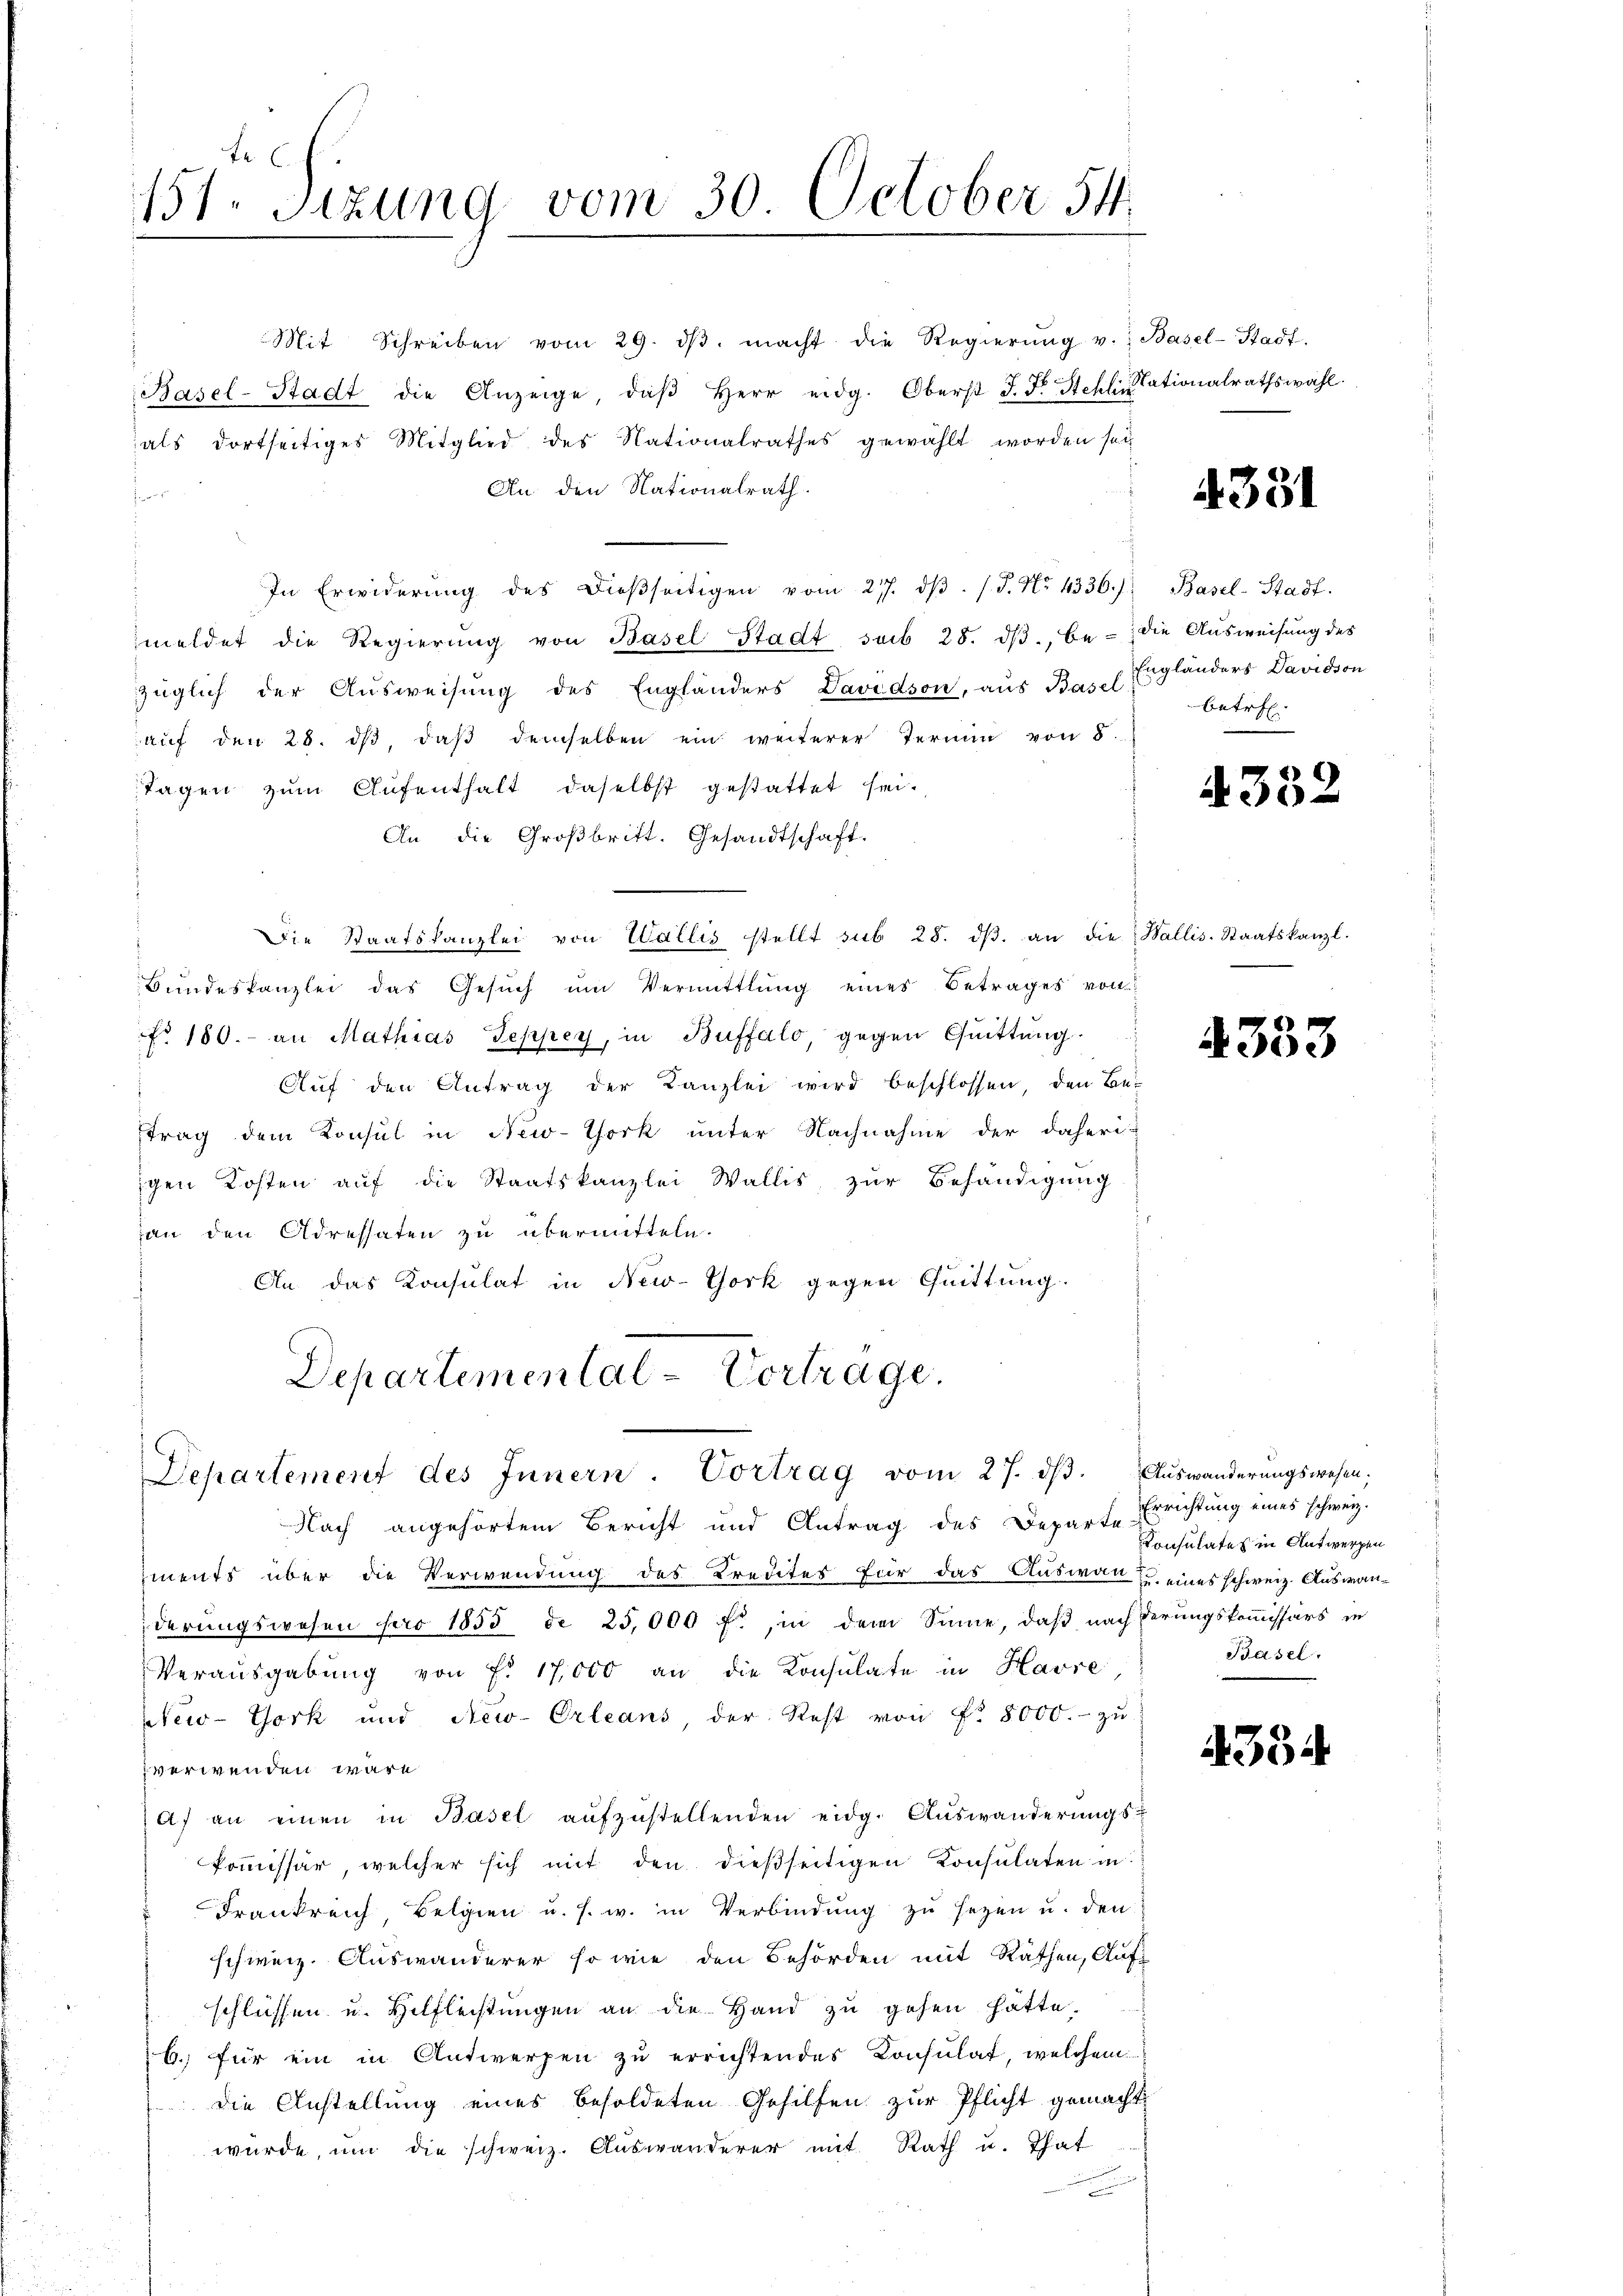
151. Sitzung vom 30. October 54

Mit Schreiben vom 29. dβ. macht die Regierŭng v. Basel-Stadt-
Basel-Stadt die Anzeige, daβ Herr eidg. Oberst J. F. Stehlinationalrathswahl.
als dortseitiges Mitglied des Nationalrathes gewählt worden sei
An den Nationalrath
vor
In Erwiderŭng des dieβseitigen vom 27. dβ. /. J. No. 4336.) Basel-Stadt.
meldet die Regierŭng von Basel-Stadt sub 28. dβ., be- die Ausweisung des
züglich der Ausweisung des Engländers Davidson, aus Basel Engländers Davidson
aŭf den 28. dβ, daβ demselben ein weiterer Termin von 5.
Tagen zum Aufenthalt daselbst gestattet sei.
An die Großbritt. Gesandtschaft
Die Staatskanzlei von Wallis stellt sub 28. dβ. an die Wallis-Staatskanzl.
Bŭndeskanzlei das Gesŭch ŭm Vermittlung eines Betrages von
o 180. an Mathias Seppey, in Buffalo, gegen Quittung.
Aŭf den Antrag der Kanzlei wird beschlossen, den Be-
trag dem Konsul in New-York unter Nachnahme der daheri-
igen Kosten auf die Staatskanzlei Wallis zur Behändigung
an den Adressaten zu übermitteln.
An das Konsulat in New-York gegen Quittung.
Departemental-Vortrage

Departement des Innern Vortrag vom 27. dβ. Auswanderungswesen;

Nach angehörtem Bericht und Antrag des Departe
ments über die Verwendung des Kredites für das Auswan fr. eines schweiz. Auswanderungswesen pro 1853 de 25,000 f., in dem Sinne, daß nachderungskommissärs in
Verausgabung von F. 17,000 an die Konsulate in Havre
New-York und New-Orleans, der Rest von Fr. 8000.- zu
verwenden wäre.
A) an einen in Basel aŭfzŭstellenden eidg. Aŭswanderŭngs-
kommissär welcher sich mit den dießseitigen Konsulaten in
Frankreich Belgien u. s. w. in Verbindung zu sezen u. den
schweiz. Auswanderer so wie den Behörden mit Rathen, Aufschlüssen u. Hilfleistungen an die Hand zu gehen hatte.
6. für ein in Antwerpen zŭ errichtendes Konsulat, welchem
 die Anstellung eines besoldeten Gehilfen zur Pflicht gemacht
würde, um die schweiz. Auswanderer mit Rath u. That
.

4331

betr.

A 332

4353

Errichtung eines schweiz.
Consulates in Antwerfen
Basel.

4334